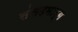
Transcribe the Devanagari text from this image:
संसदमार्ग